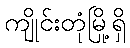
ကျိုင်းတုံမြို့ရှိ